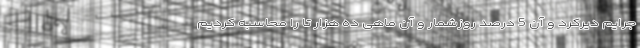
جرایم دیرکرد و آن 5 درصد روزشمار و آن ماهی ده هزار تا را محاسبه کردیم